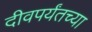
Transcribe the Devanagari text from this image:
दीवपर्यंतच्या